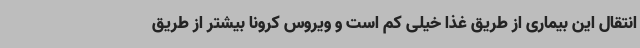
انتقال این بیماری از طریق غذا خیلی کم است و ویروس کرونا بیشتر از طریق